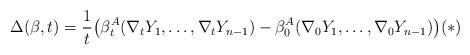
LaTeX: \begin{align*} \Delta(\beta,t)= \frac{1}{t}\big( \beta_t^A(\nabla_tY_1,\dots,\nabla_tY_{n-1}) - \beta_0^A(\nabla_0Y_1,\dots,\nabla_0Y_{n-1}) \big) (\ast) \end{align*}